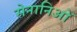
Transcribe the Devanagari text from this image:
सेनानिओं